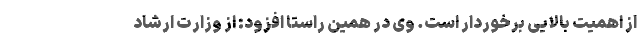
از اهمیت بالایی برخوردار است. وی در همین راستا افزود: از وزارت ارشاد